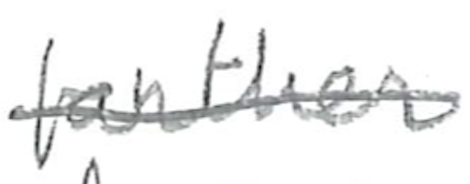
Text: farther
Cross-out: single-line
Writing tool: pencil